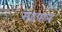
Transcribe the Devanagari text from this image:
सहपान